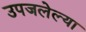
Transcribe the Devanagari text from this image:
उपजलेल्या